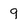
Character: 9